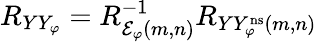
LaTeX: \begin{array}{r}{R_{YY_{\varphi}}=R_{{\mathcal E}_{\varphi}(m,n)}^{-1}R_{YY_{\varphi}^{\mathrm{ns}}(m,n)}}\end{array}